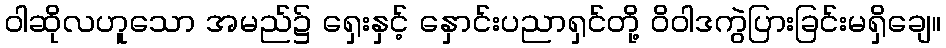
ဝါဆိုလဟူသော အမည်၌ ရှေးနှင့် နှောင်းပညာရှင်တို့ ဝိဝါဒကွဲပြားခြင်းမရှိချေ။